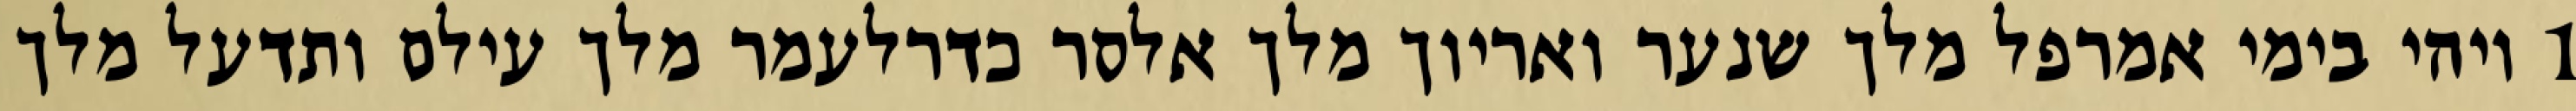
1 ויהי בימי אמרפל מלך שנער ואריוך מלך אלסר כדרלעמר מלך עילם ותדעל מלך